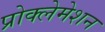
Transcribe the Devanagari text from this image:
प्रोक्लेमेशन